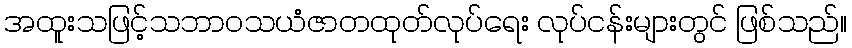
အထူးသဖြင့်သဘာဝသယံဇာတထုတ်လုပ်ရေး လုပ်ငန်းများတွင် ဖြစ်သည်။